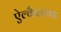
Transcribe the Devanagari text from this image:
ऐल्कैलायड